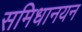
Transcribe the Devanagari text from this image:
समिधानयन